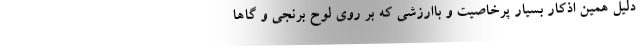
دلیل همین اذکار بسیار پرخاصیت و باارزشی که بر روی لوح برنجی و گاها